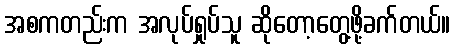
အစကတည်းက အလုပ်ရှုပ်သူ ဆိုတော့တွေ့ဖို့ခက်တယ်။